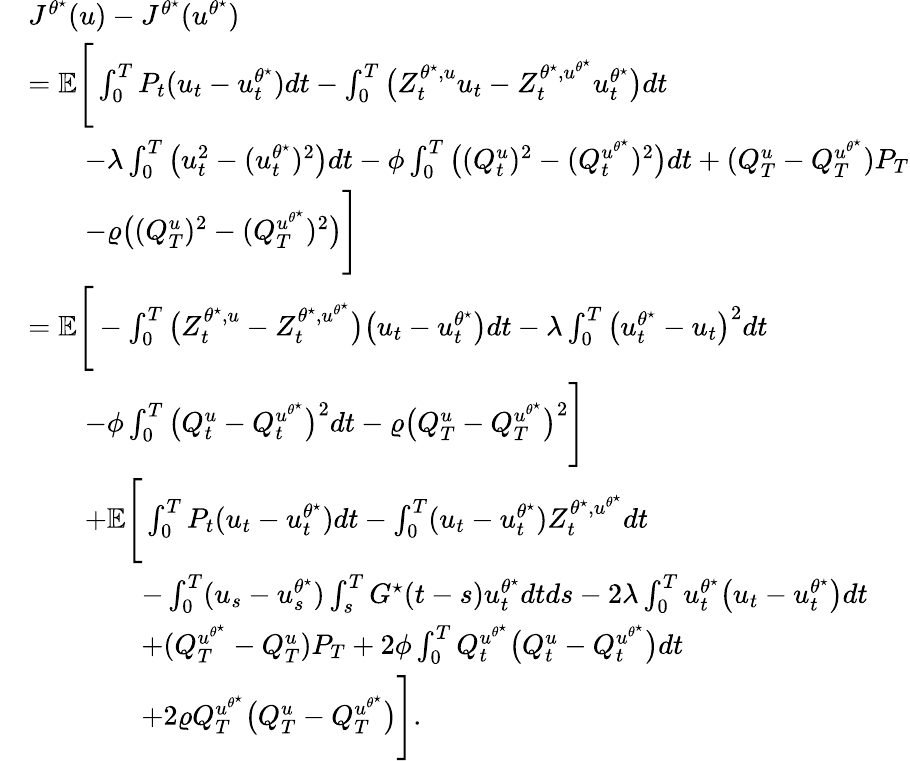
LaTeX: \begin{array}{rl}&{J^{\theta^{\star}}(u)-J^{\theta^{\star}}(u^{\theta^{\star}})}\\ &{=\mathbb{E}\Bigg[\int_{0}^{T}P_{t}(u_{t}-u_{t}^{\theta^{\star}})dt-\int_{0}^{T}\big(Z_{t}^{\theta^{\star},u}u_{t}-Z_{t}^{\theta^{\star},u^{\theta^{\star}}}u_{t}^{\theta^{\star}}\big)dt}\\ &{\qquad-\lambda\int_{0}^{T}\big(u_{t}^{2}-(u_{t}^{\theta^{\star}})^{2}\big)dt-\phi\int_{0}^{T}\big((Q_{t}^{u})^{2}-(Q_{t}^{u^{\theta^{\star}}})^{2}\big)dt+(Q_{T}^{u}-Q_{T}^{u^{\theta^{\star}}})P_{T}}\\ &{\qquad-\varrho\big((Q_{T}^{u})^{2}-(Q_{T}^{u^{\theta^{\star}}})^{2}\big)\Bigg]}\\ &{=\mathbb{E}\Bigg[-\int_{0}^{T}\big(Z_{t}^{\theta^{\star},u}-Z_{t}^{\theta^{\star},u^{\theta^{\star}}}\big)\big(u_{t}-u_{t}^{\theta^{\star}}\big)dt-\lambda\int_{0}^{T}\big(u_{t}^{\theta^{\star}}-u_{t}\big)^{2}dt}\\ &{\qquad-\phi\int_{0}^{T}\big(Q_{t}^{u}-Q_{t}^{u^{\theta^{\star}}}\big)^{2}dt-\varrho\big(Q_{T}^{u}-Q_{T}^{u^{\theta^{\star}}}\big)^{2}\Bigg]}\\ &{\qquad+\mathbb{E}\Bigg[\int_{0}^{T}P_{t}(u_{t}-u_{t}^{\theta^{\star}})dt-\int_{0}^{T}(u_{t}-u_{t}^{\theta^{\star}})Z_{t}^{{\theta^{\star},u^{\theta^{\star}}}}dt}\\ &{\qquad\qquad-\int_{0}^{T}(u_{s}-u_{s}^{\theta^{\star}})\int_{s}^{T}G^{\star}(t-s)u_{t}^{\theta^{\star}}dtds-2\lambda\int_{0}^{T}u_{t}^{\theta^{\star}}\big(u_{t}-u_{t}^{\theta^{\star}}\big)dt}\\ &{\qquad\qquad+(Q_{T}^{u^{\theta^{\star}}}-Q_{T}^{u})P_{T}+2\phi\int_{0}^{T}Q_{t}^{u^{\theta^{\star}}}\big(Q_{t}^{u}-Q_{t}^{u^{\theta^{\star}}}\big)dt}\\ &{\qquad\qquad+2\varrho Q_{T}^{u^{\theta^{\star}}}\big(Q_{T}^{u}-Q_{T}^{u^{\theta^{\star}}}\big)\Bigg].}\end{array}